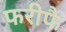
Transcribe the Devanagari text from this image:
फरीफै